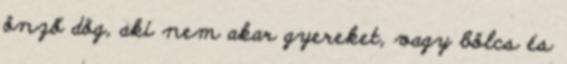
önző dög, aki nem akar gyereket, vagy bölcs és